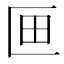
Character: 𭅗